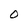
Character: O